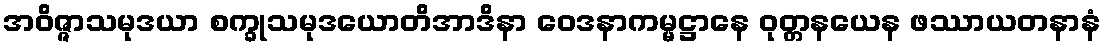
အဝိဇ္ဇာသမုဒယာ စက္ခုသမုဒယောတိအာဒိနာ ဝေဒနာကမ္မဋ္ဌာနေ ဝုတ္တနယေန ဖဿာယတနာနံ